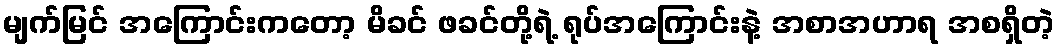
မျက်မြင် အကြောင်းကတော့ မိခင် ဖခင်တို့ရဲ့ ရုပ်အကြောင်းနဲ့ အစာအဟာရ အစရှိတဲ့